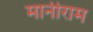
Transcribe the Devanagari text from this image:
मानीराम